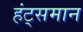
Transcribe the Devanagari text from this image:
हंट्समान